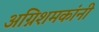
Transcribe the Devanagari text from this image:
अग्निशमकांनी